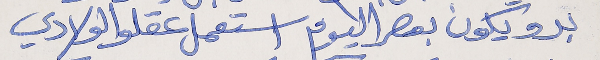
بدو يكون بعصر اليوم      استعمل عقلو الولادي